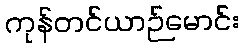
ကုန်တင်ယာဉ်မောင်း